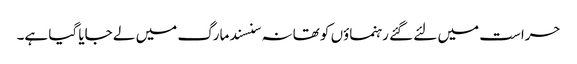
حراست میں لئے گئے رہنماؤں کو تھانہ سنسند مارگ میں لے جایا گیا ہے۔